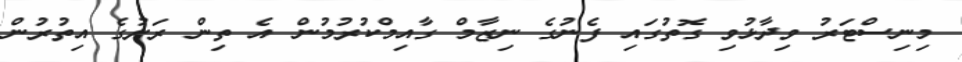
މިނިސްޓަރު ވިދާޅުވި ގޮތުގައި ފެނުގެ ނިޒާމް ގާއިމްކުރުމުން އެ ތިން ރަށުގެ އިތުރުން